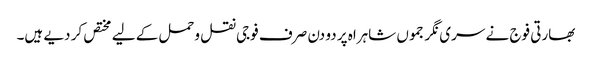
بھارتی فوج نے سری نگر جموں شاہراہ پر دو دن صرف فوجی نقل وحمل کے لیے مختص کر دیے ہیں۔